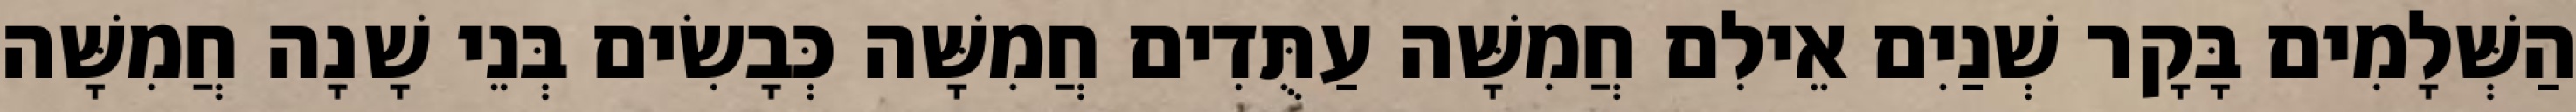
הַשְּׁלָמִים בָּקָר שְׁנַיִם אֵילִם חֲמִשָּׁה עַתֻּדִים חֲמִשָּׁה כְּבָשִׂים בְּנֵי שָׁנָה חֲמִשָּׁה